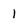
Character: 1